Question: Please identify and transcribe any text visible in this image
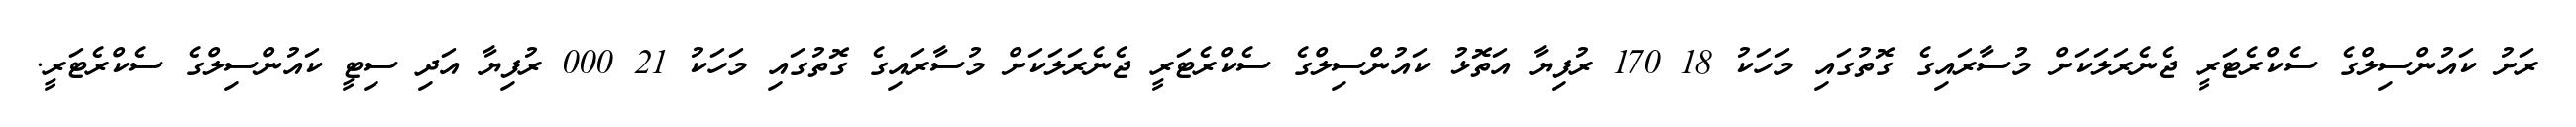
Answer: ރަށު ކައުންސިލްގެ ސެކްރެޓަރީ ޖެނެރަލަކަށް މުސާރައިގެ ގޮތުގައި މަހަކު 18 170 ރުފިޔާ އަތޮޅު ކައުންސިލްގެ ސެކްރެޓަރީ ޖެނެރަލަކަށް މުސާރައިގެ ގޮތުގައި މަހަކު 21 000 ރުފިޔާ އަދި ސިޓީ ކައުންސިލްގެ ސެކްރެޓަރީ.